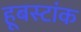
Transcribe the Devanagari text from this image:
हूबस्टांक